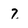
Character: 7